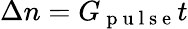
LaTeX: \Delta n=G_{\mathrm{~p~u~l~s~e~}}t